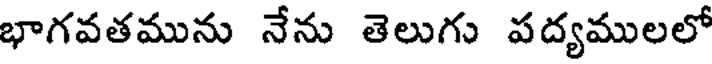
భాగవతమును నేను తెలుగు పద్యములలో